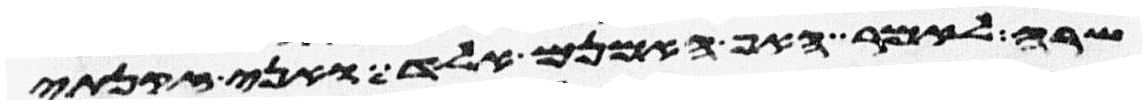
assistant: שרה לאמר האף אמנם אלד ואני זקנתי